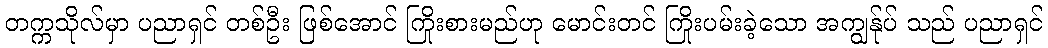
တက္ကသိုလ်မှာ ပညာရှင် တစ်ဦး ဖြစ်အောင် ကြိုးစားမည်ဟု မောင်းတင် ကြိုးပမ်းခဲ့သော အကျွန်ုပ် သည် ပညာရှင်